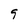
Character: 9